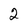
Character: 2